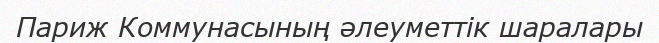
Париж Коммунасының әлеуметтік шаралары